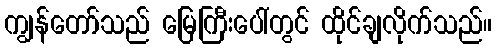
ကျွန်တော်သည် မြေကြီးပေါ်တွင် ထိုင်ချလိုက်သည်။